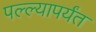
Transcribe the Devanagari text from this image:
पल्ल्यापर्यंत